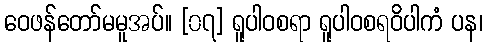
ဝေဖန်တော်မမူအပ်။ [၀၇] ရူပါဝစရာ ရူပါဝစရဝိပါကံ ပန၊